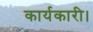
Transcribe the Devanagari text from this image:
कार्यकारी।